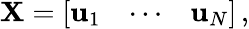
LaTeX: {\mathbf X}=\left[\begin{array}{lll}{{\mathbf u}_{1}}&{\cdots}&{{\mathbf u}_{N}}\end{array}\right]\, ,